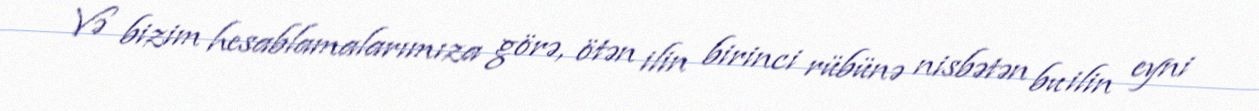
Və bizim hesablamalarımıza görə, ötən ilin birinci rübünə nisbətən bu ilin eyni